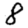
Digit: 8